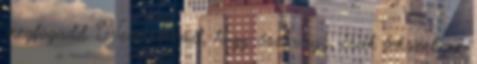
megfogadd. Nem számít, hogy ősz vagy, csak fekszel az